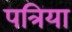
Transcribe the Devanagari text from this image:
पत्रिया